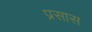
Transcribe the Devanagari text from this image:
प्रसास